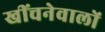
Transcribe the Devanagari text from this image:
खींचनेवालों